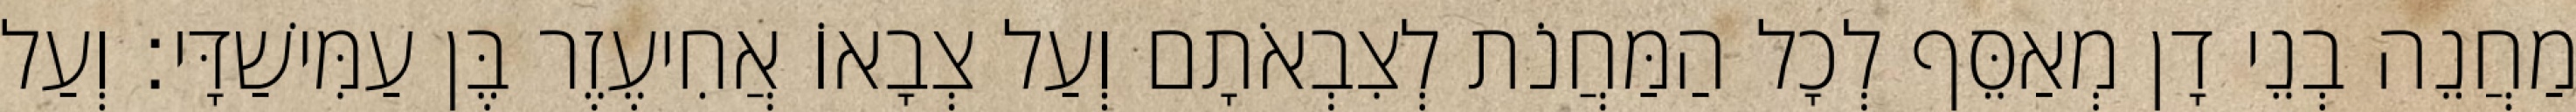
מַחֲנֵה בְנֵי דָן מְאַסֵּף לְכָל הַמַּחֲנֹת לְצִבְאֹתָם וְעַל צְבָאוֹ אֲחִיעֶזֶר בֶּן עַמִּישַׁדָּי׃ וְעַל